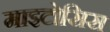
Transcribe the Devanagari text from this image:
माइटोसिस